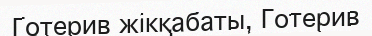
Готерив жікқабаты, Готерив